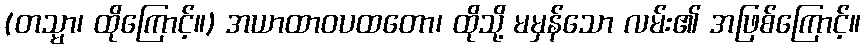
(တသ္မာ၊ ထိုကြောင့်။) အယာထာဝပထတော၊ ထိုသို့ မမှန်သော လမ်း၏ အဖြစ်ကြောင့်။